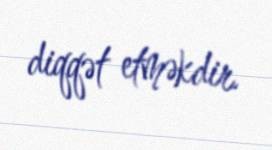
diqqət etməkdir.